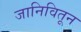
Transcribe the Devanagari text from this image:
जानिवितून